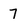
Character: 7